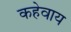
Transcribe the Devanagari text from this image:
कहेवाय